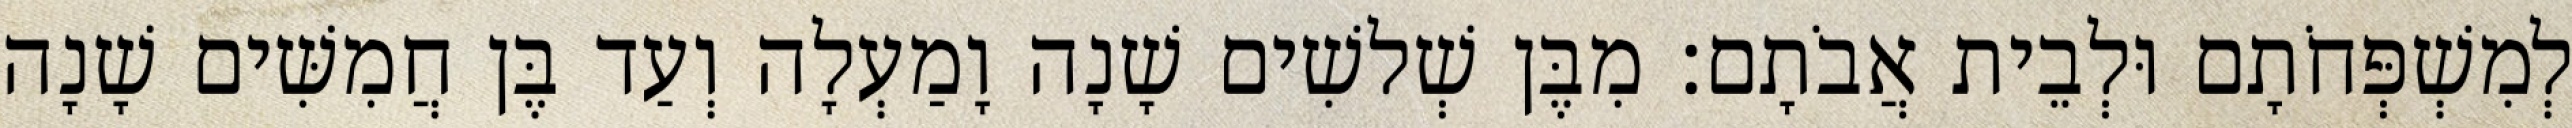
לְמִשְׁפְּחֹתָם וּלְבֵית אֲבֹתָם׃ מִבֶּן שְׁלשִׁים שָׁנָה וָמַעְלָה וְעַד בֶּן חֲמִשִּׁים שָׁנָה